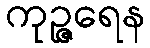
ကုဉ္ဇရေန